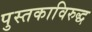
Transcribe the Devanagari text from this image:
पुस्तकाविरुद्ध